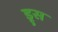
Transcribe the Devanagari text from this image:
ड्रुस